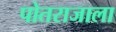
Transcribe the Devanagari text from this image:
पोतराजाला